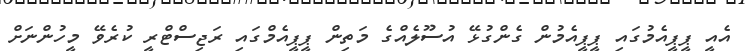
އެއީ ޕީޕީއެމުގައި ޕީޕީއެމުން ގެންގުޅޭ އުސޫލެއްގެ މަތިން ޕީޕީއެމްގައި ރަޖިސްޓްރީ ކުރެވޭ މީހުންނަށް